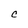
Character: C